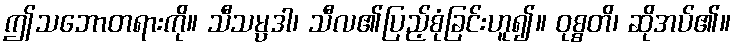
ဤသဘောတရားကို။ သီသမ္ပဒါ၊ သီလ၏ပြည့်စုံခြင်းဟူ၍။ ဝုစ္စတိ၊ ဆိုအပ်၏။